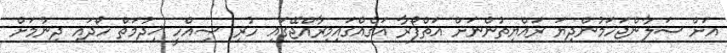
އަށް ސަލާންޖަހަމުންދިޔަ ރައްޔިތުންނަށް އަތްފޯރާ އަގެއްގައިމިރާއްޖޭގައި ހުރި ޞިއްހީ ޚިދުމަތް ހޯދައި ދިނުމަށް